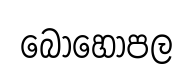
බොහෝපල